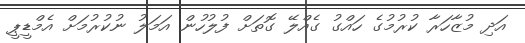
އަދި މުޒާހަރާ ކުރުމުގެ ހައްގު ގެއްލޭ ގޮތަށް ފުލުހުން އަމަލު ނުކުރުމަށް އެމްޑީޕީ